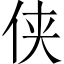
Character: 侠